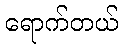
ရောက်တယ်